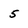
Character: 5